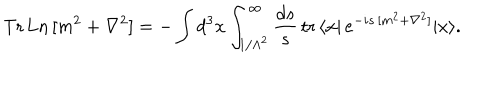
LaTeX: \mathrm { T r \, L n } \, [ m ^ { 2 } + \nabla ^ { 2 } ] = - \int d ^ { 3 } x \int _ { 1 / \Lambda ^ { 2 } } ^ { \infty } \frac { d s } { s } \, \mathrm { t r } \, \langle x | \, e ^ { - i s \, [ m ^ { 2 } + \nabla ^ { 2 } ] } | x \rangle .